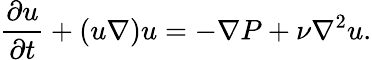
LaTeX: {\frac{\partial u}{\partial t}}+(u\nabla)u=-\nabla P+\nu\nabla^{2}u.